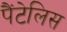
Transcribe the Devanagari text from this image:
पैंटेलिस